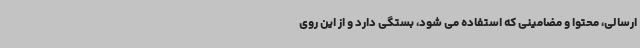
ارسالی، محتوا و مضامینی که استفاده می شود، بستگی دارد و از این روی